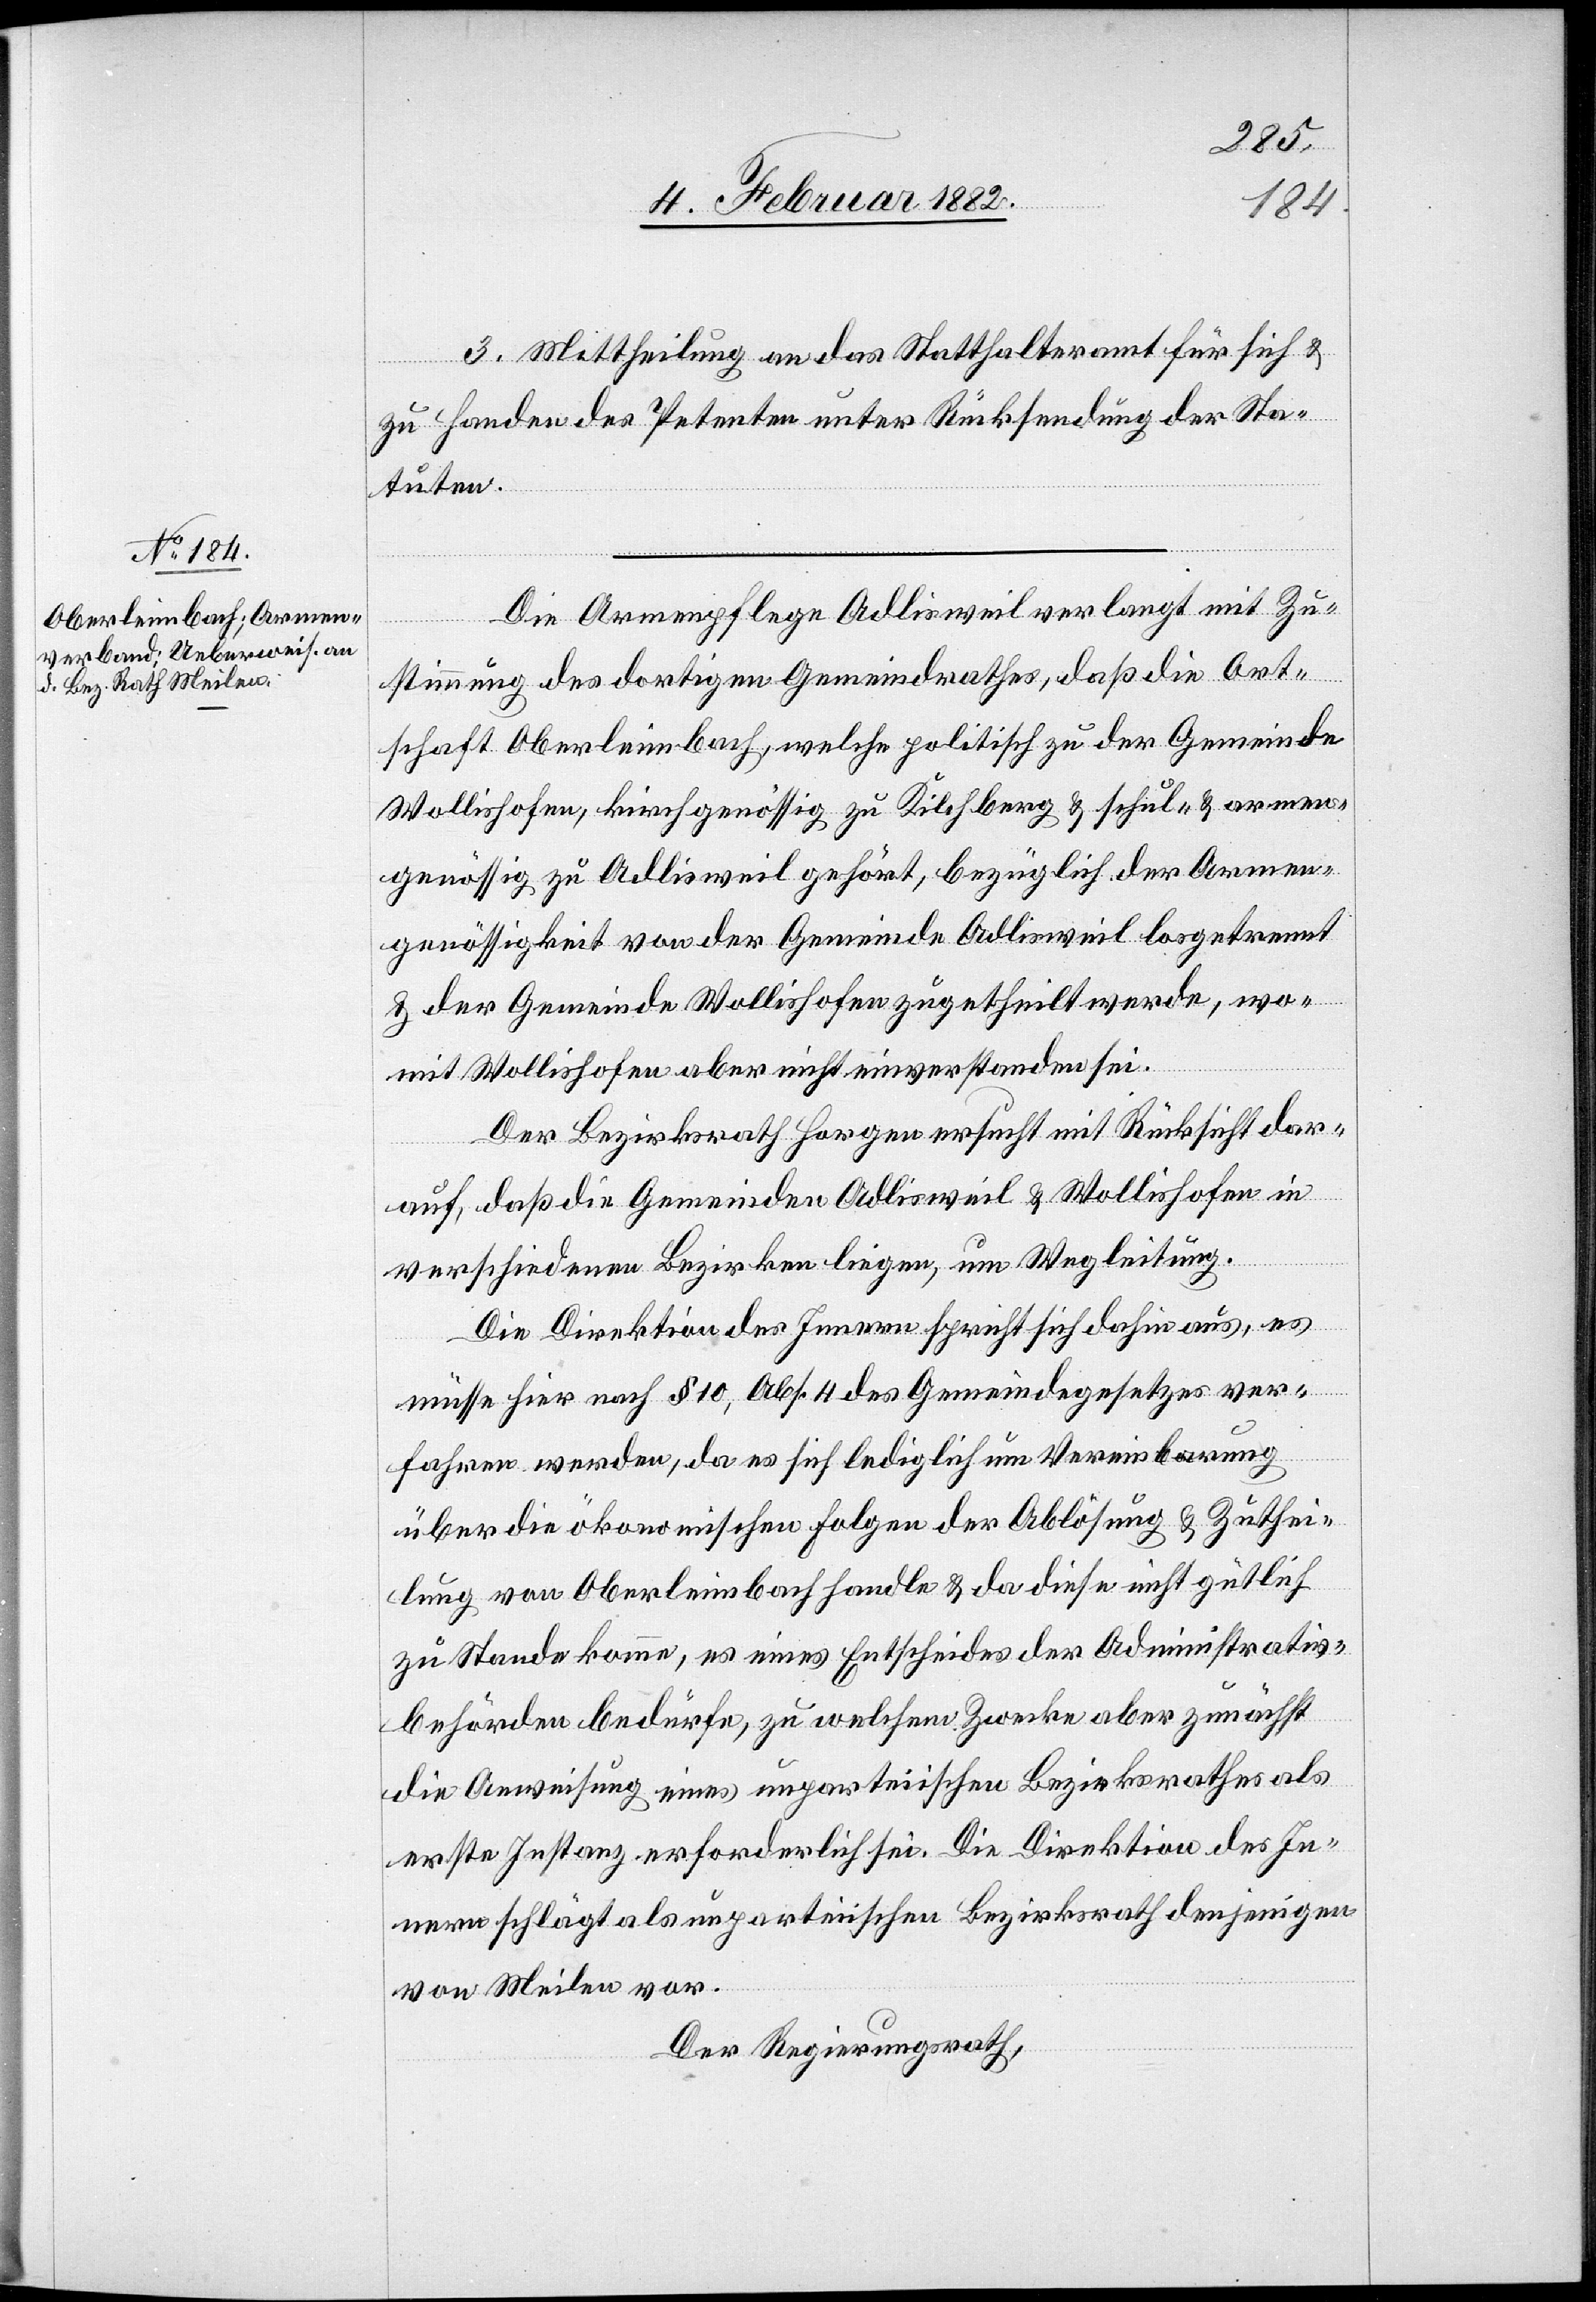
3. Mittheilung an das Statthalteramt für sich &
zu Handen des Petenten unter Rücksendung der Sta¬
tuten.
Die Armenpflege Adlisweil verlangt mit Zu¬
stimmung des dortigen Gemeindrathes, daß die Ort¬
schaft Oberleimbach, welche politisch zu der Gemeinde
Wollishofen, kreisgenössig zu Kilchberg & Schul- & armen¬
genössig zu Adlisweil gehört, bezüglich der Armen¬
genössigkeit von der Gemeinde Adlisweil losgetrennt
& der Gemeinde Wollishofen zugetheilt werden, wo¬
mit Wollishofen aber nicht einverstanden sei.
Der Bezirksrath Horgen ersucht mit Rücksicht dar¬
auf, daß die Gemeinde Adlisweil & Wollishofen in
verschiedenen Bezirken liegen, um Wegleitung.
Die Direktion des Innern spricht sich dahin aus, es
müsse hier nach § 10, Abs. 4 des Gemeindegesetzes ver¬
fahren werden. Da es sich lediglich um Vereinbarung
über die ökonomischen Folgen der Ablösung & Zuthei¬
lung von Oberleimbach handle & da diese nicht gütlich
zu Stande komme, es eines Entscheides der Administrativ¬
behörde bedürfe, zu welchen Zwecke aber zunächst
die Ausweisung eines unparteiischen Bezirksrathes als
erste Instanz erforderlich sei. Die Direktion des In¬
nern schlägt als unparteiischen Bezirksrath denjenigen
von Meilen vor.
Der Regierungsrath,